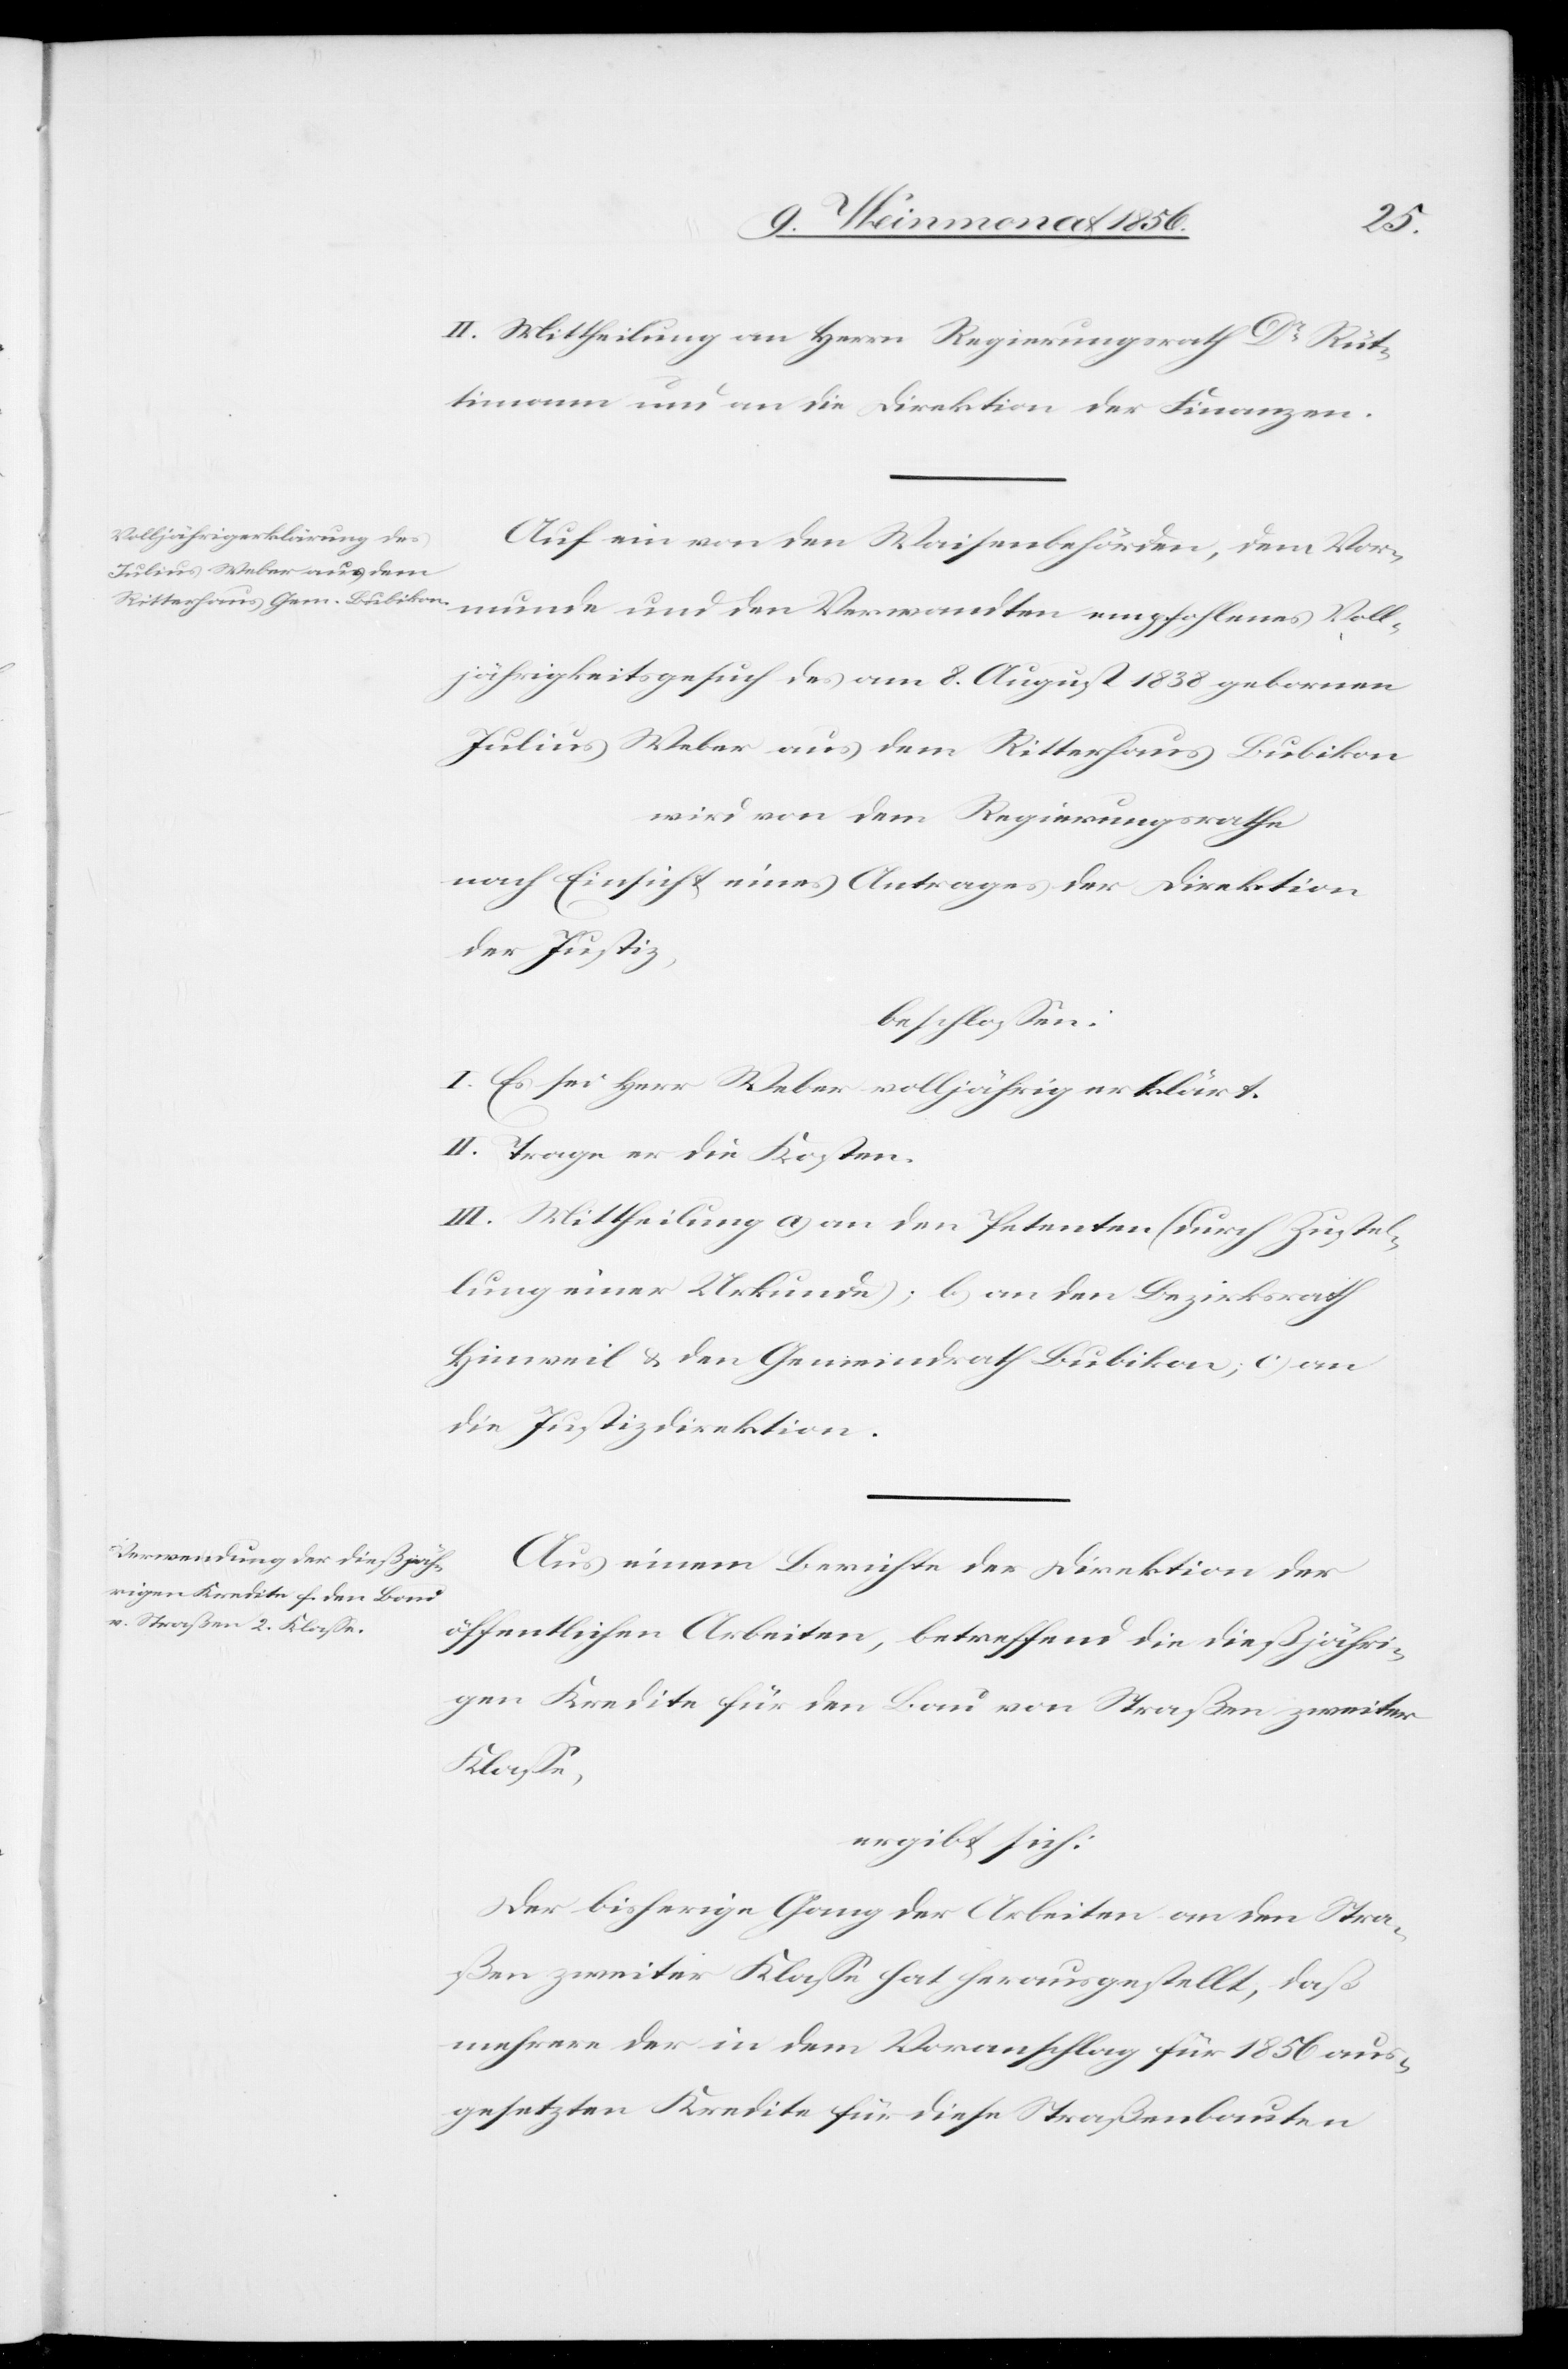
II. Mittheilung an Herrn Regierungsrath Dr Rüt¬
timann und an die Direktion der Finanzen.
Auf ein von den Waisenbehörden, dem Vor¬
jährigkeitsgesuch des am 8. August 1838 gebornen
Julius Weber aus dem Ritterhaus Bubikon
wird von dem Regierungsrathe
nach Einsicht eines Antrages der Direktion
der Justiz,
beschlossen:
I. Es sei Herr Weber volljährig erklärt.
II. Trage er die Kosten.
III. Mittheilung a) an den Petenten (durch Zustel¬
lung einer Urkunde); b) an den Bezirksrath
Hinweil & den Gemeindrath Bubikon; c) an
die Justizdirektion.
Aus einem Berichte der Direktion der
öffentlichen Arbeiten, betreffend die dießjähri¬
gen Kredite für den Bau von Straßen zweiter
Klasse,
ergibt sich:
Der bisherige Gang der Arbeiten an den Stra¬
ßen zweiter Klasse hat herausgestellt, daß
mehrere der in dem Voranschlag für 1856 aus¬
gesetzten Kredite für diese Straßenbauten